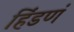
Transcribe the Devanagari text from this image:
हिंडणं